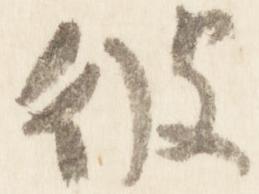
彼